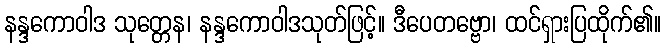
နန္ဒကောဝါဒ သုတ္တေန၊ နန္ဒကောဝါဒသုတ်ဖြင့်။ ဒီပေတဗ္ဗော၊ ထင်ရှားပြထိုက်၏။